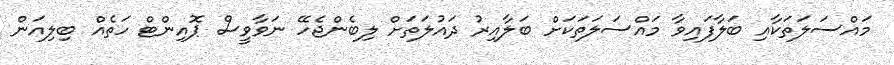
މައްސަލަތަކާއި ބަލާފައިވާ މައްސަލަތަކަށް ބަލާއިރު ދައުލަތަށް ލިބެންޖެހޭ ނަވާވީސް ޕޮއިންޓް ހަތެއް ބިލިއަން